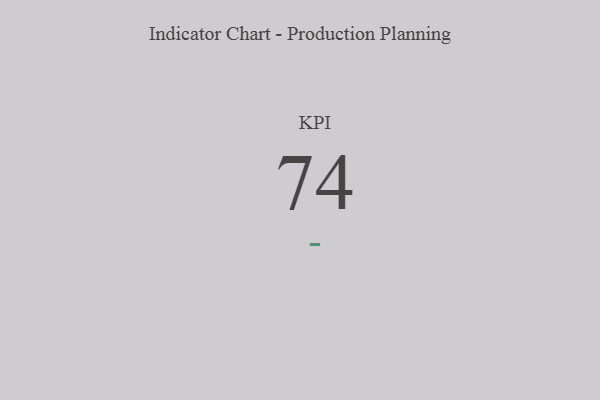
{"axis": {"x": "KPI", "y": "Value"}, "legend": [""], "data": [{"x": "KPI", "y": 74, "type": ""}]}